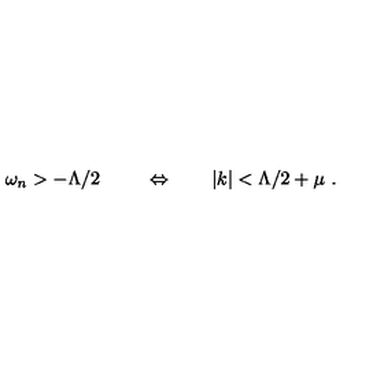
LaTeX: \omega _ { n } > - \Lambda / 2 \ \qquad \Leftrightarrow \qquad | k | < \Lambda / 2 + \mu \ .